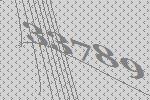
33789